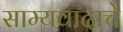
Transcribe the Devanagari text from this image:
साम्यवादाचे